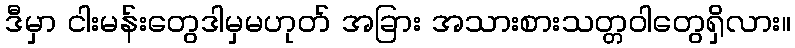
ဒီမှာ ငါးမန်းတွေဒါမှမဟုတ် အခြား အသားစားသတ္တဝါတွေရှိလား။